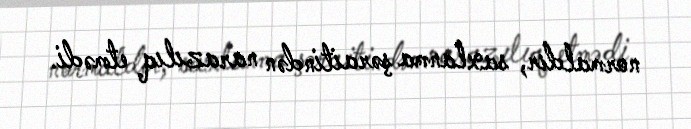
normaldır, saxlanma şəraitindən narazılıq etmədi.